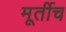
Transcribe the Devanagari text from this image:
मूर्तीच